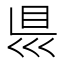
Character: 𥄉